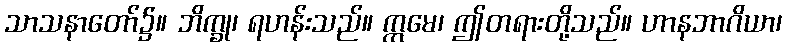
သာသနာတော်၌။ ဘိက္ခု၊ ရဟန်းသည်။ ဣမေ၊ ဤတရားတို့သည်။ ဟာနဘာဂိယာ၊